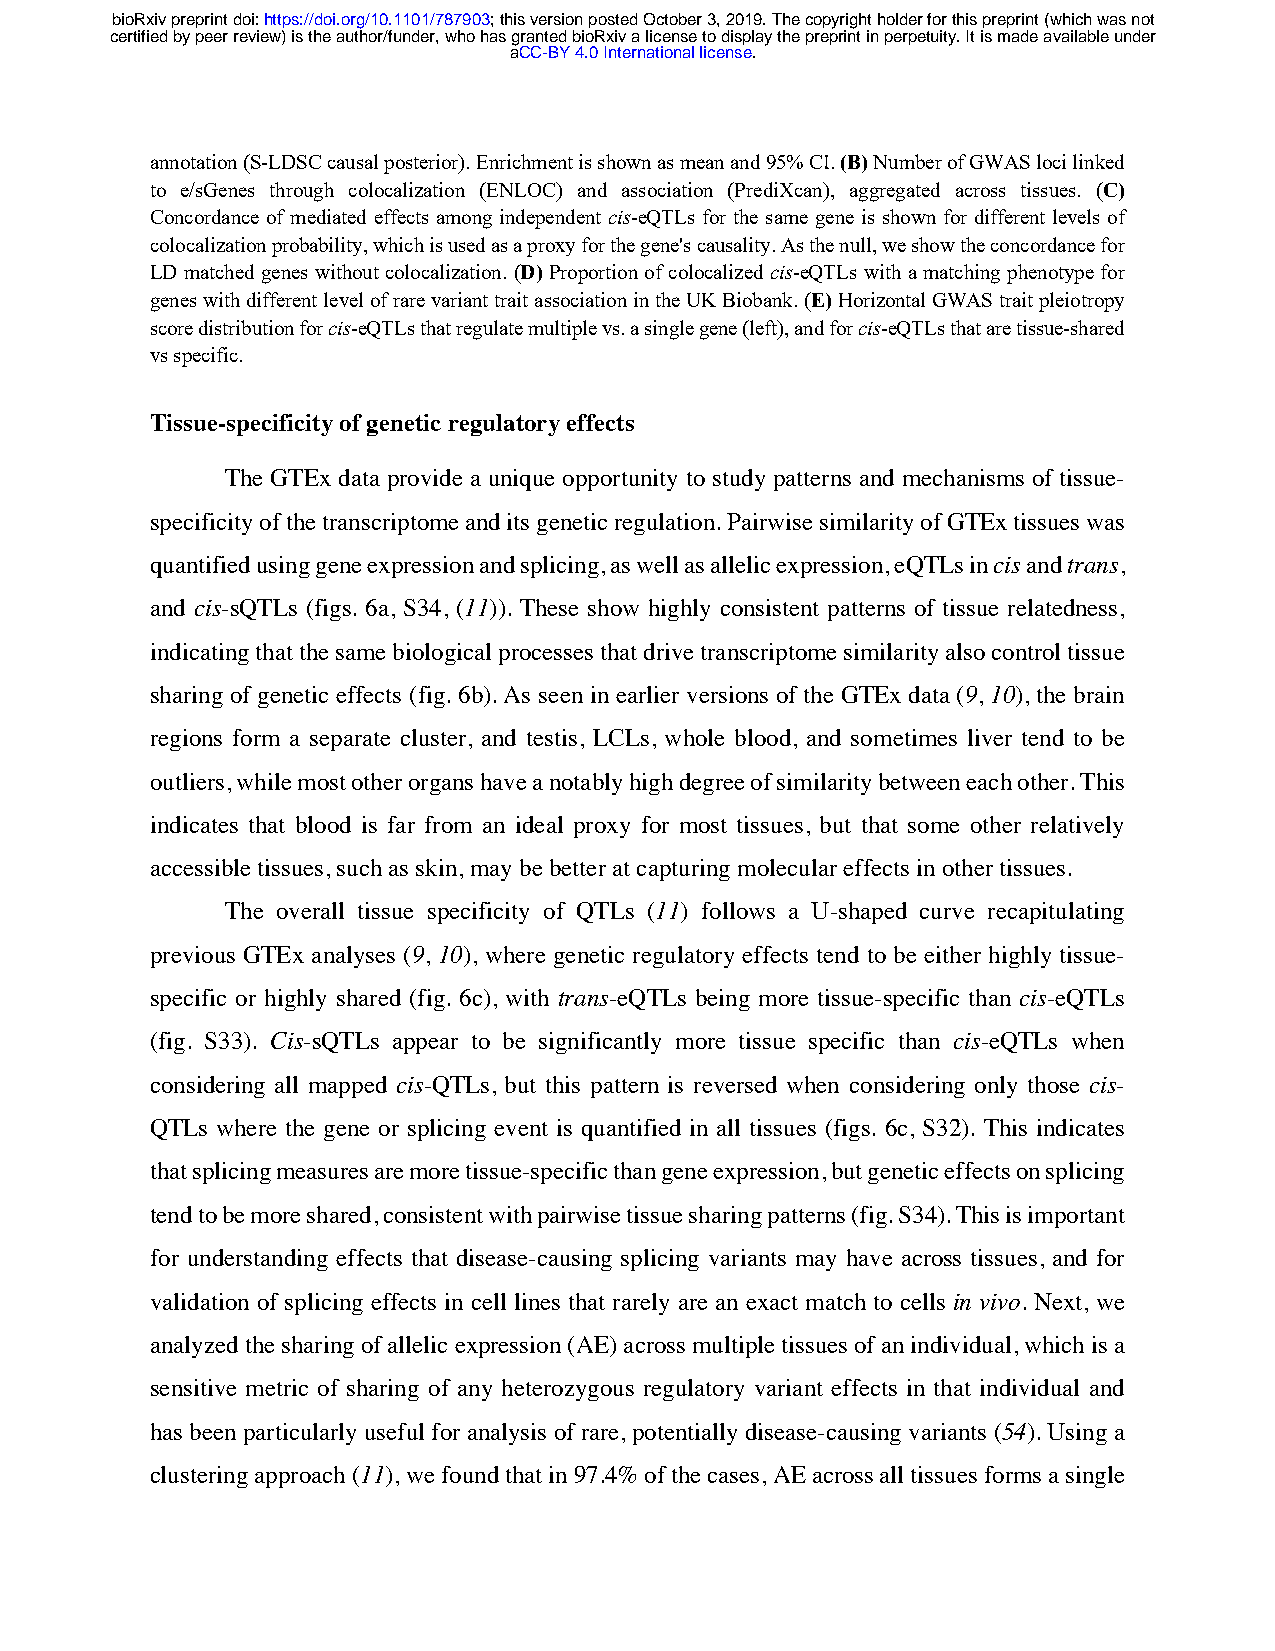
bioRxiv preprint doi: https://doi.org/10.1101/787903; this version posted October 3, 2019. The copyright holder for this preprint (which was not
 certified by peer review) is the author/funder, who has granted bioRxiv a license to display the preprint in perpetuity. It is made available under
 aCC-BY 4.0 International license.
 annotation (S-LDSC causal posterior). Enrichment is shown as mean and 95% CI. (B) Number of GWAS loci linked
 to e/sGenes through colocalization (ENLOC) and association (PrediXcan), aggregated across tissues. (C)
 Concordance of mediated effects among independent cis-eQTLs for the same gene is shown for different levels of
 colocalization probability, which is used as a proxy for the gene's causality. As the null, we show the concordance for
 LD matched genes without colocalization. (D) Proportion of colocalized cis-eQTLs with a matching phenotype for
 genes with different level of rare variant trait association in the UK Biobank. (E) Horizontal GWAS trait pleiotropy
 score distribution for cis-eQTLs that regulate multiple vs. a single gene (left), and for cis-eQTLs that are tissue-shared
 vs specific.
 Tissue-specificity of genetic regulatory effects
 The GTEx data provide a unique opportunity to study patterns and mechanisms of tissue-
 specificity of the transcriptome and its genetic regulation. Pairwise similarity of GTEx tissues was
 quantified using gene expression and splicing, as well as allelic expression, eQTLs in cis and trans,
 and cis-sQTLs (figs. 6a, S34, (11)). These show highly consistent patterns of tissue relatedness,
 indicating that the same biological processes that drive transcriptome similarity also control tissue
 sharing of genetic effects (fig. 6b). As seen in earlier versions of the GTEx data (9, 10), the brain
 regions form a separate cluster, and testis, LCLs, whole blood, and sometimes liver tend to be
 outliers, while most other organs have a notably high degree of similarity between each other. This
 indicates that blood is far from an ideal proxy for most tissues, but that some other relatively
 accessible tissues, such as skin, may be better at capturing molecular effects in other tissues.
 The overall tissue specificity of QTLs (11) follows a U-shaped curve recapitulating
 previous GTEx analyses (9, 10), where genetic regulatory effects tend to be either highly tissue-
 specific or highly shared (fig. 6c), with trans-eQTLs being more tissue-specific than cis-eQTLs
 (fig. S33). Cis-sQTLs appear to be significantly more tissue specific than cis-eQTLs when
 considering all mapped cis-QTLs, but this pattern is reversed when considering only those cis-
 QTLs where the gene or splicing event is quantified in all tissues (figs. 6c, S32). This indicates
 that splicing measures are more tissue-specific than gene expression, but genetic effects on splicing
 tend to be more shared, consistent with pairwise tissue sharing patterns (fig. S34). This is important
 for understanding effects that disease-causing splicing variants may have across tissues, and for
 validation of splicing effects in cell lines that rarely are an exact match to cells in vivo. Next, we
 analyzed the sharing of allelic expression (AE) across multiple tissues of an individual, which is a
 sensitive metric of sharing of any heterozygous regulatory variant effects in that individual and
 has been particularly useful for analysis of rare, potentially disease-causing variants (54). Using a
 clustering approach (11), we found that in 97.4% of the cases, AE across all tissues forms a single